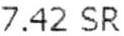
7.42 SR